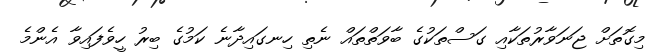
މިގޮތަށް ޖަނަވާރުތަކާއި ގަސްތަކުގެ ބާވަތްތައް ނެތި ހިނގައިދާނެ ކަމުގެ ބިރު ހީވެފައިވާ އެންމެ